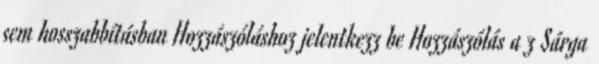
sem hosszabbításban Hozzászóláshoz jelentkezz be Hozzászólás a z Sárga